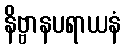
နိဗ္ဗာနပရာယနံ